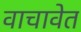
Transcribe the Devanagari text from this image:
वाचावेत